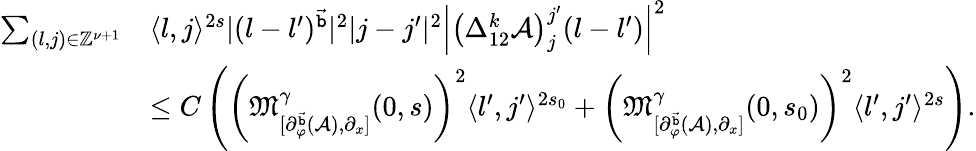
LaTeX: \begin{array}{rl}{\sum_{(l,j)\in\mathbb{Z}^{\nu+1}}}&{\langle l,j\rangle^{2s}|(l-l^{\prime})^{\vec{\mathtt{b}}}|^{2}|j-j^{\prime}|^{2}\left|\left(\Delta_{12}^{k}\mathcal{A}\right)_{j}^{j^{\prime}}(l-l^{\prime})\right|^{2}}\\ &{\le C\left(\left(\mathfrak{M}_{[\partial_{\varphi}^{\vec{\mathtt{b}}}(\mathcal{A}),\partial_{x}]}^{\gamma}(0,s)\right)^{2}\langle l^{\prime},j^{\prime}\rangle^{2s_{0}}+\left(\mathfrak{M}_{[\partial_{\varphi}^{\vec{\mathtt{b}}}(\mathcal{A}),\partial_{x}]}^{\gamma}(0,s_{0})\right)^{2}\langle l^{\prime},j^{\prime}\rangle^{2s}\right).}\end{array}